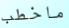
ماخطب